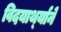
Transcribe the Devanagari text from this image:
विदयार्थ्‍याने